Vaccination in Burma 1912-1922 - 1912-1922
Year: 1912
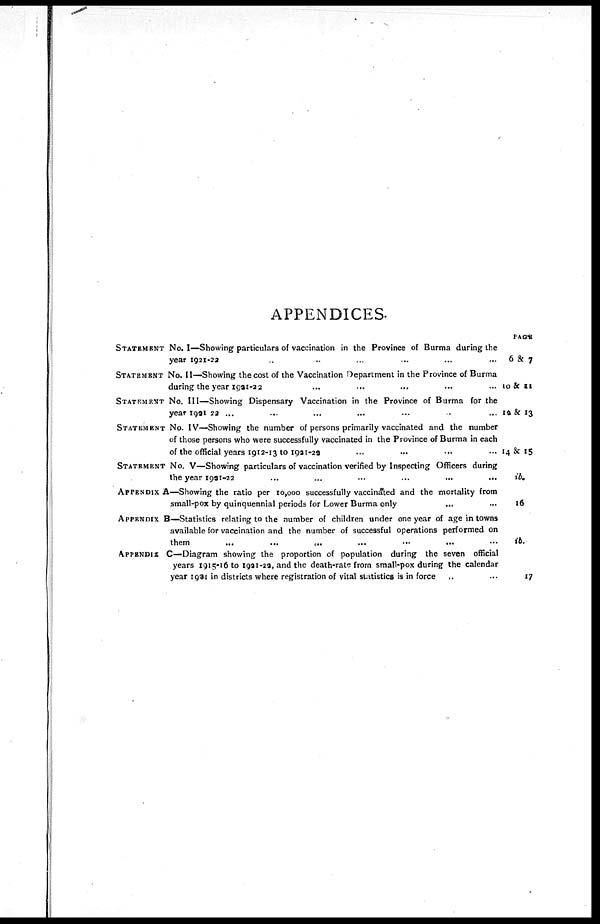
APPENDICES.
STATEMENT No. I—Showing particulars of vaccination in the Province of Burma during the
year 1921-22 ... ... ... ... ... ...
STATEMENT No. II—Showing the cost of the Vaccination Department in the Province of Burma
during the year 1921-22 ... ... ... ... ... ... ...
STATEMENT No. III—Showing Dispensary Vaccination in the Province of Burma for the
year 1991-22 ...
...
...
...
...
..
...
STATEMENT No. IV—Showing the number of persons primarily vaccinated and the number
of those persons who were successfully vaccinated in the Province of Burma in each
of the official years 1912-13 to 1921-22 ... ... ... ...
STATEMENT No. V—Showing particulars of vaccination verified by Inspecting Officers during
the year 1991-22 ... ... ... ... ... ...
APPENDIX A—Showing the ratio per 10,000 successfully vaccinated and the mortality from
small-pox by quinquennial periods for Lower Burma only
... ...
APPENDIX B—Statistics relating to the number of children under one year of age in towns
available for vaccination and the number of successful operations performed on
them
...
...
...
...
...
... ...
APPENDIX C—Diagram showing the proportion of population during the seven official
years 1915-16 to 1921-22, and the death-rate from small-pox during the calendar
year 1921 in districts where registration of vital statistics is in force ... ...
PAGE
6 & 7
10 & 11
12 & 13
14 & 15
ib.
16
ib.
17